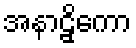
အနာဠှိကော